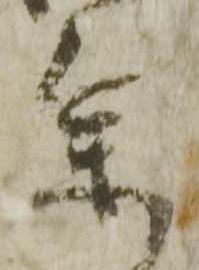
参